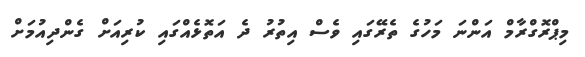
މިޕްރޮގްރާމް އަންނަ މަހުގެ ތެރޭގައި ވެސް އިތުރު ދެ އަތޮޅެއްގައި ކުރިއަށް ގެންދިއުމަށް